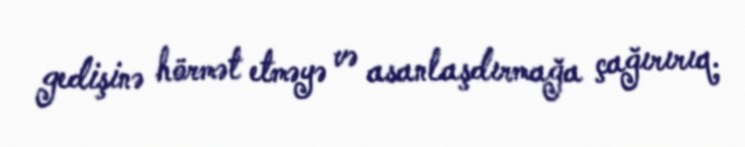
gedişinə hörmət etməyə və asanlaşdırmağa çağırırıq.